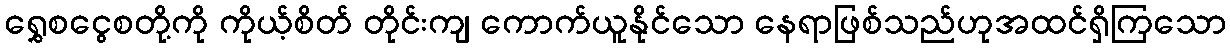
ရွှေစငွေစတို့ကို ကိုယ့်စိတ် တိုင်းကျ ကောက်ယူနိုင်သော နေရာဖြစ်သည်ဟုအထင်ရှိကြသော